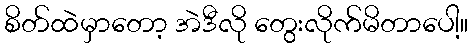
စိတ်ထဲမှာတော့ အဲဒီလို တွေးလိုက်မိတာပေါ့။